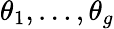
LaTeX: \theta_{1},\ldots,\theta_{g}